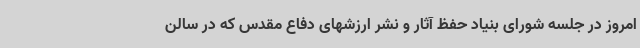
امروز در جلسه شورای بنیاد حفظ آثار و نشر ارزشهای دفاع مقدس که در سالن